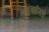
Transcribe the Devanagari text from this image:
मुंबईमधे